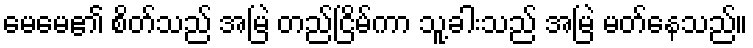
မေမေ၏ စိတ်သည် အမြဲ တည်ငြိမ်ကာ သူ့ခါးသည် အမြဲ မတ်နေသည်။